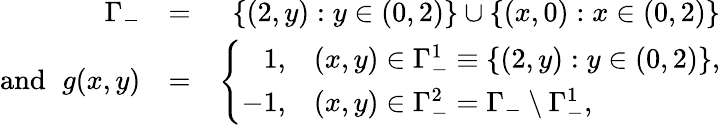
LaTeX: \begin{array}{rlr}{\Gamma_{-}}&{=}&{\{ (2,y):y\in(0,2)\} \cup\{ (x,0):x\in(0,2)\} }\\ {\mathrm{and~}\, \, g(x,y)}&{=}&{\left\{ \begin{array}{rl}{1,}&{(x,y)\in\Gamma_{-}^{1}\equiv\{ (2,y):y\in(0,2)\} ,}\\ {-1,}&{(x,y)\in\Gamma_{-}^{2}=\Gamma_{-}\setminus\Gamma_{-}^{1},}\end{array}\right.}\end{array}